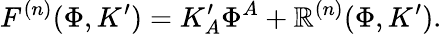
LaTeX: F^{(n)}(\Phi,K^{\prime})=K_{A}^{\prime}\Phi^{A}+\mathbb{R}^{(n)}(\Phi,K^{\prime}).